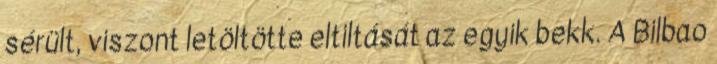
sérült, viszont letöltötte eltiltását az egyik bekk. A Bilbao